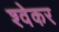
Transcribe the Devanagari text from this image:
श्वेकर